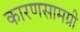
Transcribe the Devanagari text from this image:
कारणसामग्री